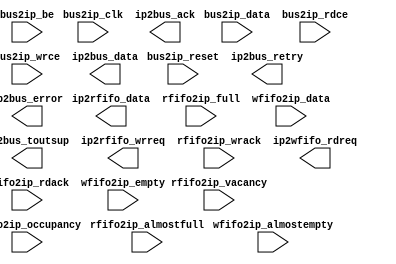
//----------------------------------------------------------------------------
// Naming Conventions:
//   active low signals:                    "*_n"
//   clock signals:                         "clk", "clk_div#", "clk_#x"
//   reset signals:                         "rst", "rst_n"
//   generics:                              "C_*"
//   user defined types:                    "*_TYPE"
//   state machine next state:              "*_ns"
//   state machine current state:           "*_cs"
//   combinatorial signals:                 "*_com"
//   pipelined or register delay signals:   "*_d#"
//   counter signals:                       "*cnt*"
//   clock enable signals:                  "*_ce"
//   internal version of output port:       "*_i"
//   device pins:                           "*_pin"
//   ports:                                 "- Names begin with Uppercase"
//   processes:                             "*_PROCESS"
//   component instantiations:              "<ENTITY_>I_<#|FUNC>"
//----------------------------------------------------------------------------

module user_logic
(
  // -- add user ports below this line ---------------
  // --user ports added here 
  // -- add user ports above this line ---------------

  // -- do not edit below this line ------------------
  // -- bus protocol ports, do not add to or delete 
  bus2ip_clk,                     // bus to ip clock
  bus2ip_reset,                   // bus to ip reset
  bus2ip_data,                    // bus to ip data bus for user logic
  bus2ip_be,                      // bus to ip byte enables for user logic
  bus2ip_rdce,                    // bus to ip read chip enable for user logic
  bus2ip_wrce,                    // bus to ip write chip enable for user logic
  ip2bus_data,                    // ip to bus data bus for user logic
  ip2bus_ack,                     // ip to bus acknowledgement
  ip2bus_retry,                   // ip to bus retry response
  ip2bus_error,                   // ip to bus error response
  ip2bus_toutsup,                 // ip to bus timeout suppress
  ip2rfifo_wrreq,                 // ip to rfifo : ip write request
  ip2rfifo_data,                  // ip to rfifo : ip write data
  rfifo2ip_wrack,                 // rfifo to ip : rfifo write acknowledge
  rfifo2ip_almostfull,            // rfifo to ip : rfifo almost full
  rfifo2ip_full,                  // rfifo to ip : rfifo full
  rfifo2ip_vacancy,               // rfifo to ip : rfifo vacancy
  ip2wfifo_rdreq,                 // ip to wfifo : ip read request
  wfifo2ip_data,                  // wfifo to ip : wfifo read data
  wfifo2ip_rdack,                 // wfifo to ip : wfifo read acknowledge
  wfifo2ip_almostempty,           // wfifo to ip : wfifo almost empty
  wfifo2ip_empty,                 // wfifo to ip : wfifo empty
  wfifo2ip_occupancy              // wfifo to ip : wfifo occupancy
  // -- do not edit above this line ------------------
); // user_logic

// -- add user parameters below this line ------------
// --user parameters added here 
// -- add user parameters above this line ------------

parameter c_width=32 ; //code width from 1 to 32 bits
parameter p_width=32 ; //packed data width 32 bits
parameter p_width_msb=31 ; //packed data width 31 bits   
parameter cz_width=32 ; //code size width

// -- do not edit below this line --------------------
// -- bus protocol parameters, do not add to or delete
parameter c_dwidth                       = 32;
parameter c_num_ce                       = 2;
parameter c_rdfifo_dwidth                = 32;
parameter c_rdfifo_depth                 = 512;
parameter c_wrfifo_dwidth                = 32;
parameter c_wrfifo_depth                 = 512;
// -- do not edit above this line --------------------

// -- add user ports below this line -----------------
// --user ports added here 
// -- add user ports above this line -----------------

// -- do not edit below this line --------------------
// -- bus protocol ports, do not add to or delete
input                                     bus2ip_clk;
input                                     bus2ip_reset;
input      [0 : c_dwidth-1]               bus2ip_data;
input      [0 : c_dwidth/8-1]             bus2ip_be;
input      [0 : c_num_ce-1]               bus2ip_rdce;
input      [0 : c_num_ce-1]               bus2ip_wrce;
output     [0 : c_dwidth-1]               ip2bus_data;
output                                    ip2bus_ack;
output                                    ip2bus_retry;
output                                    ip2bus_error;
output                                    ip2bus_toutsup;
output                                    ip2rfifo_wrreq;
output     [0 : c_rdfifo_dwidth-1]        ip2rfifo_data;
input                                     rfifo2ip_wrack;
input                                     rfifo2ip_almostfull;
input                                     rfifo2ip_full;
input      [0 : 9]                        rfifo2ip_vacancy;
output                                    ip2wfifo_rdreq;
input      [0 : c_wrfifo_dwidth-1]        wfifo2ip_data;
input                                     wfifo2ip_rdack;
input                                     wfifo2ip_almostempty;
input                                     wfifo2ip_empty;
input      [0 : 9]                       wfifo2ip_occupancy;
// -- do not edit above this line --------------------

   
endmodule